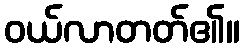
ဝယ်လာတတ်၏။